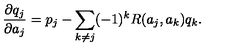
{ \frac { \partial q _ { j } } { \partial a _ { j } } } = p _ { j } - \sum _ { k \neq j } ( - 1 ) ^ { k } R ( a _ { j } , a _ { k } ) q _ { k } .